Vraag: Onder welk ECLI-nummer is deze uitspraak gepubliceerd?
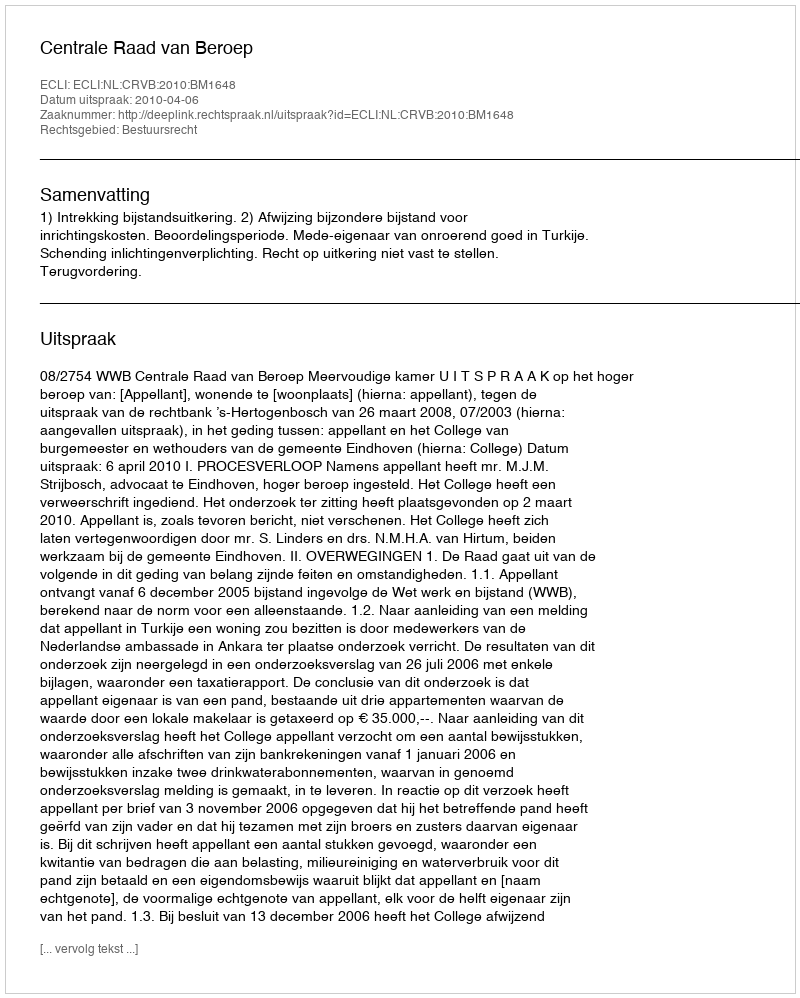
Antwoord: ECLI:NL:CRVB:2010:BM1648